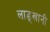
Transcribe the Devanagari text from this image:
लाड्खानी